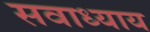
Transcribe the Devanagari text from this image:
सवाध्याय